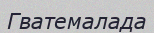
Гватемалада